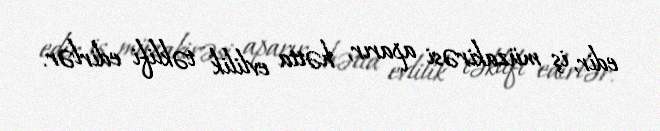
edir, iş müzakirəsi aparır, hətta evlilik təklifi edirlər.